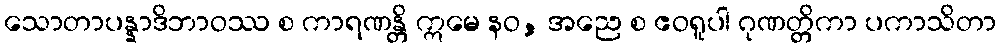
သောတာပန္နာဒိဘာဝဿ စ ကာရဏန္တိ ဣမေ နဝ, အညေ စ ဧဝရူပါ ဂုဏတ္တိကာ ပကာသိတာ